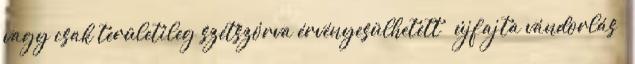
vagy csak területileg szétszórva érvényesülhetett  újfajta vándorlás 